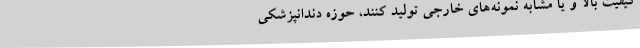
کیفیت بالا و یا مشابه نمونه‌های خارجی تولید کنند، حوزه دندانپزشکی